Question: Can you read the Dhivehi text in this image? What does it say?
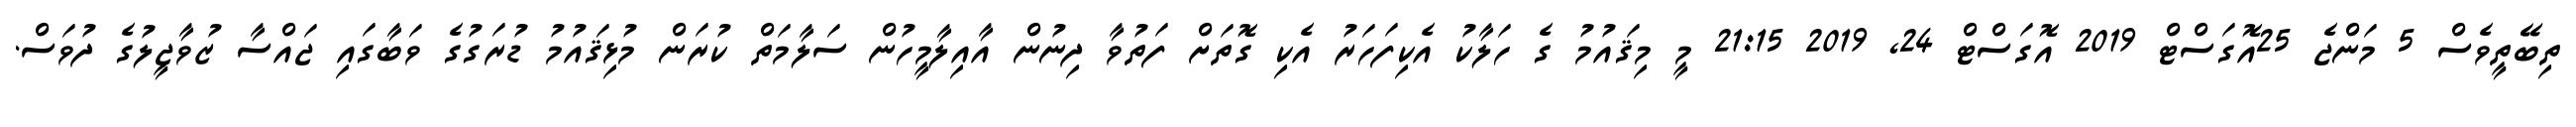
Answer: ތިބޭތީވެސް 5 މަންޖެ 25އޮގަސްޓް 2019 އޮގަސްޓް 24, 2019 21:15 މީ މިޤައުމު ގެ ހަލާކު އެކިފަހަރު އެކި ގޮތަށް ފަތުވާ ދިނުން އާއިލާމީހުން ސަލާމަތް ކުރަން މުޅިޤައުމު ޑުރަގުގެ ވަބާގައި ޖައްސާ ޒުވާޖީލުގެ ދުވަސް.